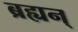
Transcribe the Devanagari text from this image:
ब्रह्यन्‌